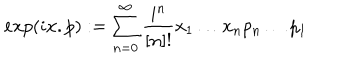
e x p ( i x . p ) : = \sum _ { n = 0 } ^ { \infty } \frac { i ^ { n } } { [ n ] ! } x _ { 1 } \ldots x _ { n } p _ { n } \ldots p _ { 1 }